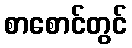
စာစောင်တွင်